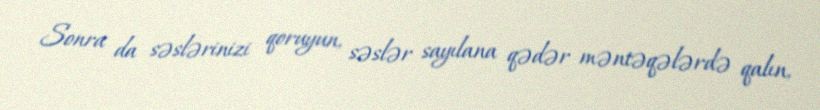
Sonra da səslərinizi qoruyun, səslər sayılana qədər məntəqələrdə qalın,